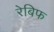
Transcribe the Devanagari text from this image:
रेबिफ